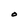
Character: O